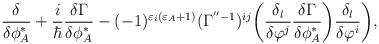
LaTeX: \begin{align*}\rule{.9cm}{0cm} \frac{\delta}{\delta\phi^*_A}+ \frac{i}{\hbar}\frac{\delta\Gamma}{\delta\phi^*_A} -(-1)^{\varepsilon_i(\varepsilon_A+1)}(\Gamma^{''-1})^{ij} \bigg(\frac{\delta_l}{\delta\varphi^j}\frac{\delta\Gamma}{\delta\phi^*_A} \bigg)\frac{\delta_l}{\delta\varphi^i}\bigg),\end{align*}